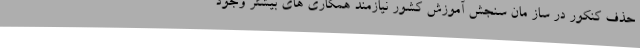
حذف کنکور در ساز مان سنجش آموزش کشور نیازمند همکاری های بیشتر وجود